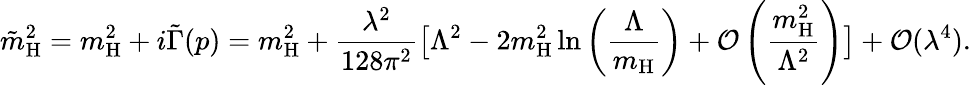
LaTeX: \tilde{m}_{\mathrm{H}}^{2}=m_{\mathrm{H}}^{2}+i\tilde{\Gamma}(p)=m_{\mathrm{H}}^{2}+\frac{\lambda^{2}}{128\pi^{2}}\big[\Lambda^{2}-2m_{\mathrm{H}}^{2}\ln\left(\frac{\Lambda}{m_{\mathrm{H}}}\right)+\mathcal{O}\left(\frac{m_{\mathrm{H}}^{2}}{\Lambda^{2}}\right)\big]+\mathcal{O}(\lambda^{4}).